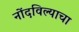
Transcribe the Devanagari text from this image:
नोंदविल्याचा